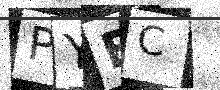
Text: PYEC